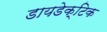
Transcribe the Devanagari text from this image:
डायडेक्टिक